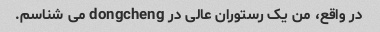
در واقع، من یک رستوران عالی در dongcheng می شناسم.